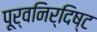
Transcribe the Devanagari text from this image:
पूर्वनिर्दिष्ट